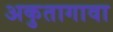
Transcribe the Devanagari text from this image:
अकुतागावा